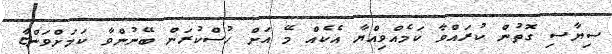
ސިޔާސި ގޮތުން ކުރައްވާ ކަމެއްވިއްޔާ އެކެއް މޭ އަށް ހުސްކުރަން ބޭނުންވާ ކަމަށްވަންޏާ